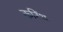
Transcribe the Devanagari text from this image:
करिंथ